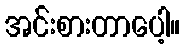
အင်းစားတာပေါ့။